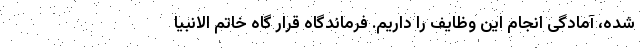
شده، آمادگی انجام این وظایف را داریم. فرماندگاه قرار گاه خاتم الانبیا